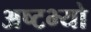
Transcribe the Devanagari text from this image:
अष्टभ्यो